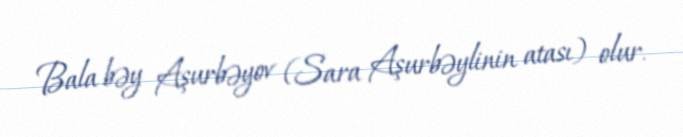
Bala bəy Aşurbəyov (Sara Aşurbəylinin atası) olur.